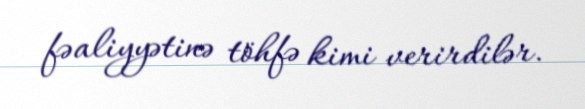
fəaliyyətinə töhfə kimi verirdilər.